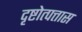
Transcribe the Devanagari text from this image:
दृष्टोत्पत्तास